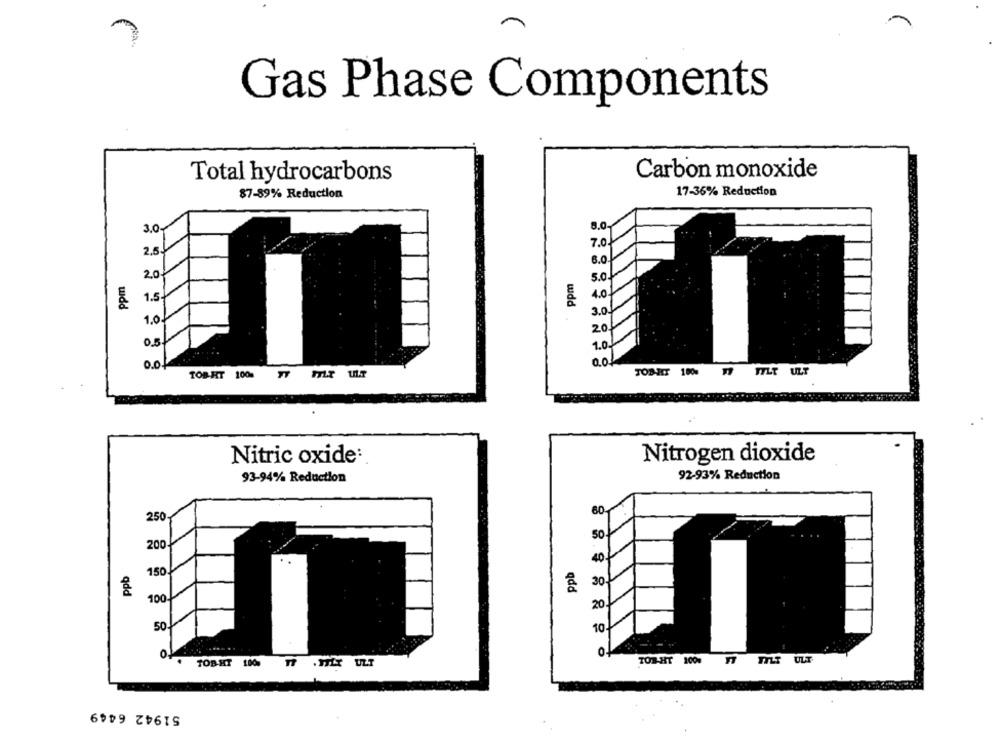
Gas Phase Components
Total hydrocarbons
Carbon monoxide
17-36% Reduction
87-89% Reduction
3.0
8.0
7.0
2.5
6.0.
20.
5.0.
1.5
4.0
wdd
wdd
1.0
3.0
20.
1.0
0.01
0.0
TOSHIT 1000 #7 FYLT ULT
TOB-HT 100 17 FL3 ULT
Nitric oxide:
Nitrogen dioxide
93-94% Reduction
92-93% Reduction
60
250
50
200 J
40
150.
30
qdd
qdd
100-
20
50.
10
TOB-HT 100%
TILT
ULT
TOB HT 1800
TI .ILY ULT
51942 6449